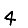
Digit: 4